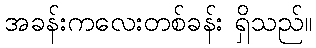
အခန်းကလေးတစ်ခန်း ရှိသည်။